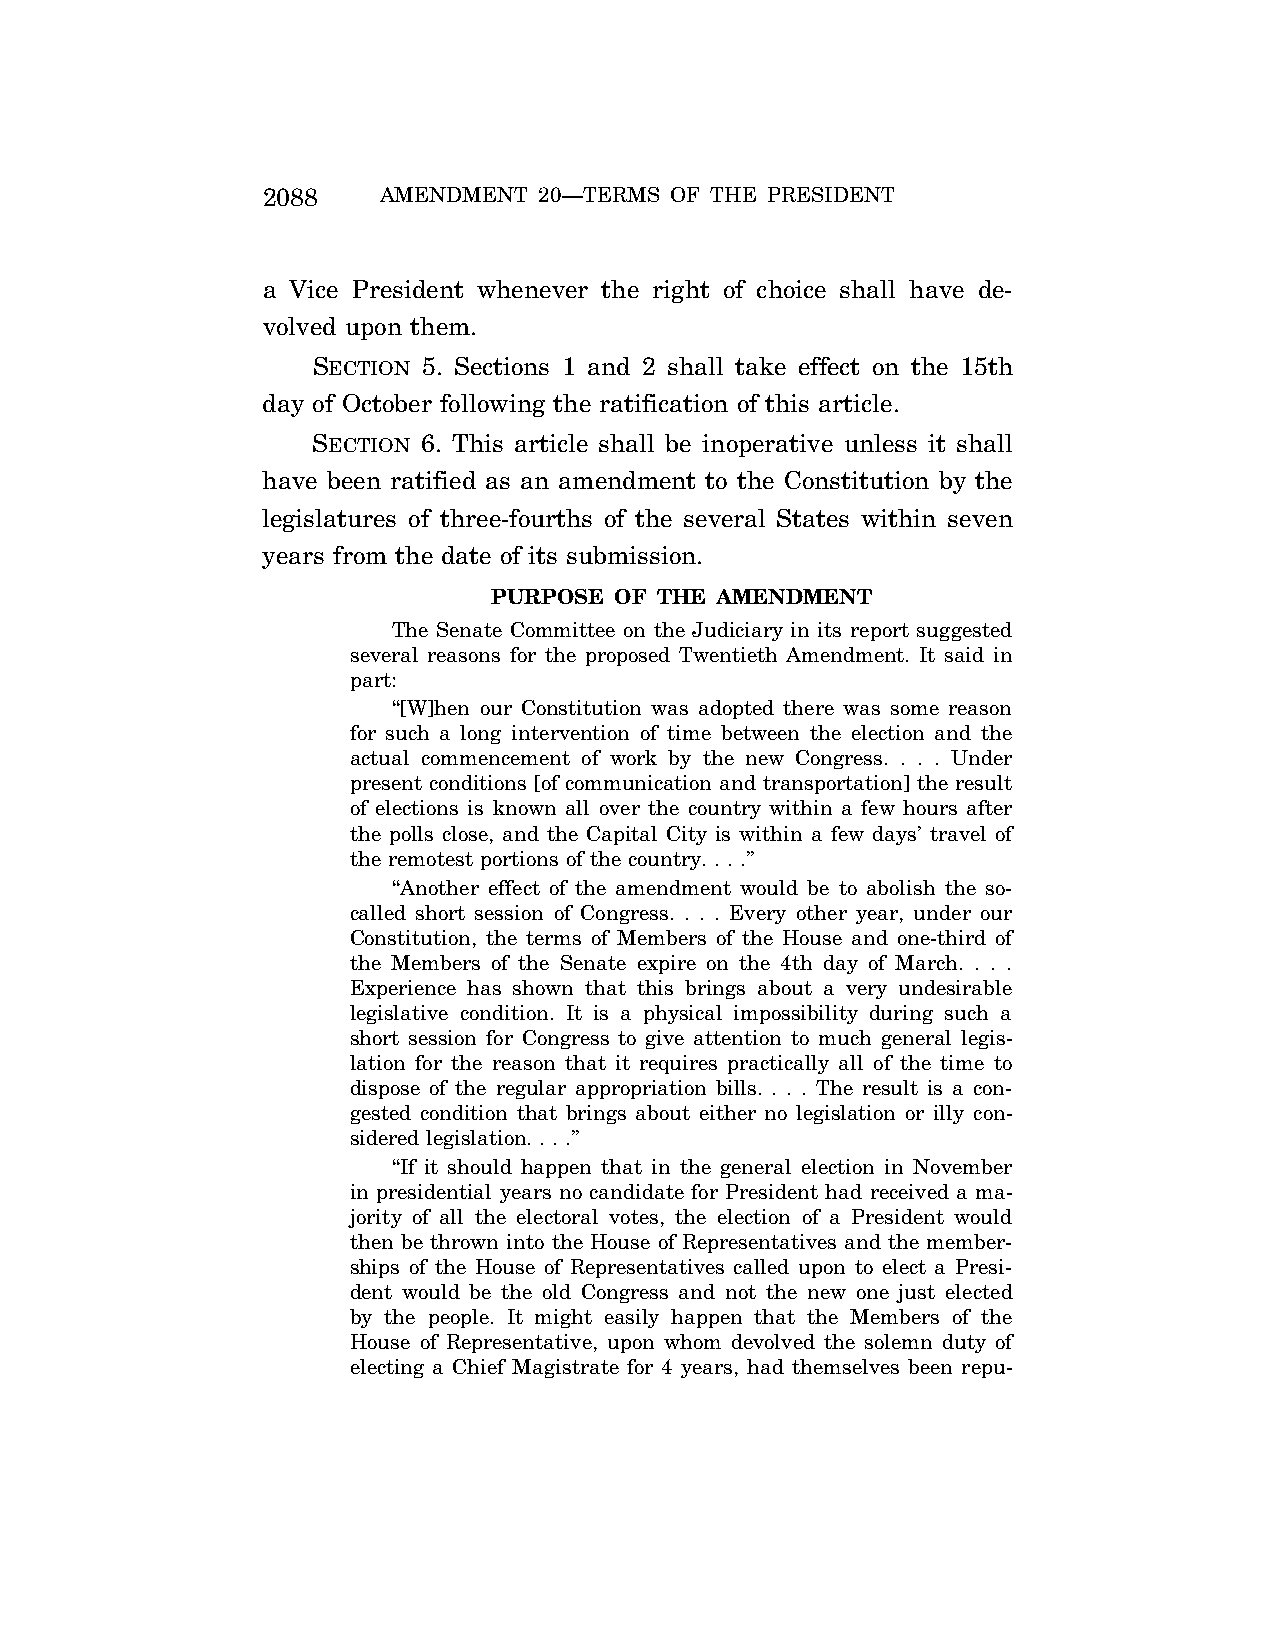
2088    AMENDMENT  20—TERMS OF THE PRESIDENT
 a Vice President whenever the right of choice shall have de-
 volved upon them.
 SECTION 5. Sections 1 and 2 shall take effect on the 15th
 day of October following the ratification of this article.
 SECTION 6. This article shall be inoperative unless it shall
 have been ratified as an amendment to the Constitution by the
 legislatures of three-fourths of the several States within seven
 years from the date of its submission.
 PURPOSE OF THE AMENDMENT
 The Senate Committee on the Judiciary in its report suggested
 several reasons for the proposed Twentieth Amendment. It said in
 part:
 ‘‘[W]hen our Constitution was adopted there was some reason
 for such a long intervention of time between the election and the
 actual commencement of work by the new Congress. . . . Under
 present conditions [of communication and transportation] the result
 of elections is known all over the country within a few hours after
 the polls close, and the Capital City is within a few days’ travel of
 the remotest portions of the country. . . .’’
 ‘‘Another effect of the amendment would be to abolish the so-
 called short session of Congress. . . . Every other year, under our
 Constitution, the terms of Members of the House and one-third of
 the Members of the Senate expire on the 4th day of March. . . .
 Experience has shown that this brings about a very undesirable
 legislative condition. It is a physical impossibility during such a
 short session for Congress to give attention to much general legis-
 lation for the reason that it requires practically all of the time to
 dispose of the regular appropriation bills. . . . The result is a con-
 gested condition that brings about either no legislation or illy con-
 sidered legislation. . . .’’
 ‘‘If it should happen that in the general election in November
 in presidential years no candidate for President had received a ma-
 jority of all the electoral votes, the election of a President would
 then be thrown into the House of Representatives and the member-
 ships of the House of Representatives called upon to elect a Presi-
 dent would be the old Congress and not the new one just elected
 by the people. It might easily happen that the Members of the
 House of Representative, upon whom devolved the solemn duty of
 electing a Chief Magistrate for 4 years, had themselves been repu-
 VerDate Apr<15>2004 13:02 Jun 28, 2004 Jkt 077500 PO 00000 Frm 00002 Fmt 8222 Sfmt 8222 C:\CONAN\CON054.SGM PRFM99 PsN: CON054